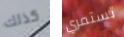
كذلك تستمري